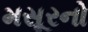
મસૂરનો